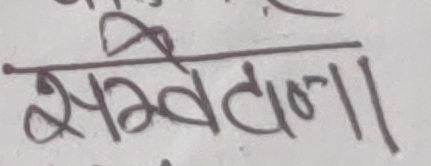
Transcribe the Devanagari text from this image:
सवेदना।।